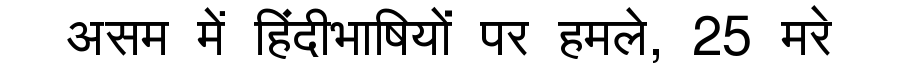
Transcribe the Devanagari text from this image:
असम में हिंदीभाषियों पर हमले, 25 मरे